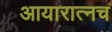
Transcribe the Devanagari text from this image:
आयारात्नच